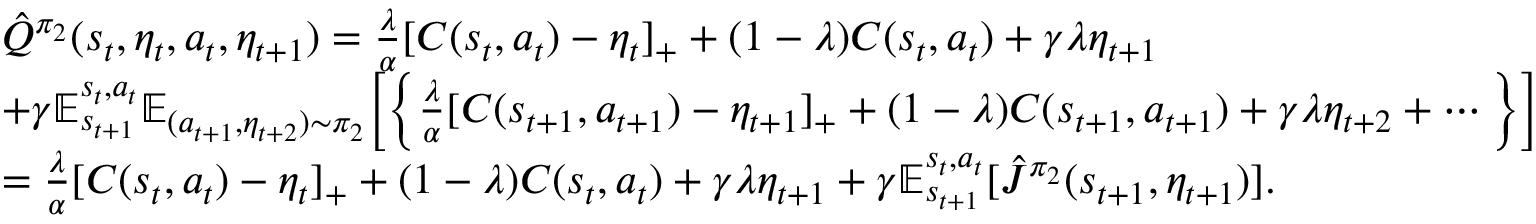
\begin{array} { r l } & { \hat { Q } ^ { \pi _ { 2 } } ( s _ { t } , \eta _ { t } , a _ { t } , \eta _ { t + 1 } ) = \frac { \lambda } { \alpha } [ C ( s _ { t } , a _ { t } ) - \eta _ { t } ] _ { + } + ( 1 - \lambda ) C ( s _ { t } , a _ { t } ) + \gamma \lambda \eta _ { t + 1 } } \\ & { + \gamma \mathbb { E } _ { s _ { t + 1 } } ^ { s _ { t } , a _ { t } } \mathbb { E } _ { ( a _ { t + 1 } , \eta _ { t + 2 } ) \sim \pi _ { 2 } } \Big [ \Big \{ \frac { \lambda } { \alpha } [ C ( s _ { t + 1 } , a _ { t + 1 } ) - \eta _ { t + 1 } ] _ { + } + ( 1 - \lambda ) C ( s _ { t + 1 } , a _ { t + 1 } ) + \gamma \lambda \eta _ { t + 2 } + \cdots \Big \} \Big ] } \\ & { = \frac { \lambda } { \alpha } [ C ( s _ { t } , a _ { t } ) - \eta _ { t } ] _ { + } + ( 1 - \lambda ) C ( s _ { t } , a _ { t } ) + \gamma \lambda \eta _ { t + 1 } + \gamma \mathbb { E } _ { s _ { t + 1 } } ^ { s _ { t } , a _ { t } } [ \hat { J } ^ { \pi _ { 2 } } ( s _ { t + 1 } , \eta _ { t + 1 } ) ] . } \end{array}